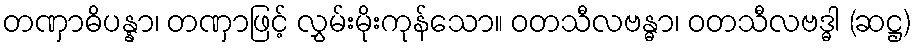
တဏှာဓိပန္နာ၊ တဏှာဖြင့် လွှမ်းမိုးကုန်သော။ ဝတသီလဗန္ဓာ၊ ဝတသီလဗဒ္ဓါ (ဆဋ္ဌ)